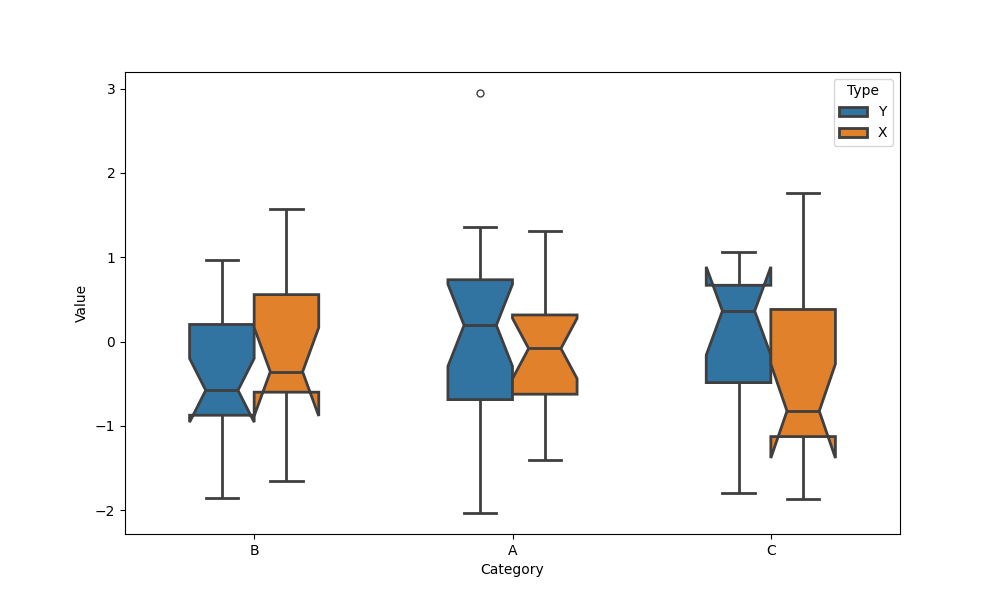
python, seaborn, boxplot, width=0.5, linewidth=2, fliersize=5, notch=True